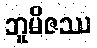
ဘူမိဇဿ